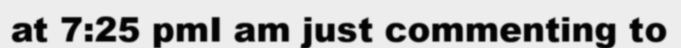
at 7:25 pmI am just commenting to